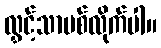
လွှင့်သာပစ်လိုက်ပါ။